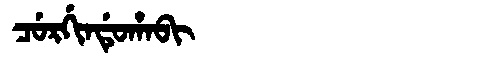
Manchu: ᠴᡠᡵᡤᡳᠨᡩᡠᡥᠠᠪᡳ
Romanization: CURGINDUHABI